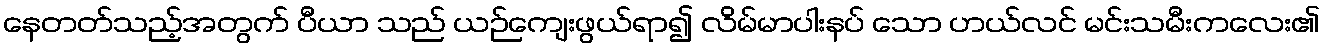
နေတတ်သည့်အတွက် ပီယာ သည် ယဉ်ကျေးဖွယ်ရာ၍ လိမ်မာပါးနပ် သော ဟယ်လင် မင်းသမီးကလေး၏